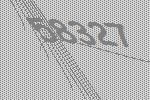
58327